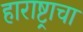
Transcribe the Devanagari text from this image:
हाराष्ट्राचा